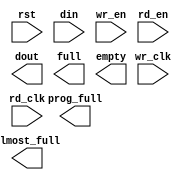
module fifo_xlnx_512x36_2clk_18to36(
	rst,
	wr_clk,
	rd_clk,
	din,
	wr_en,
	rd_en,
	dout,
	full,
	almost_full,
	empty,
	prog_full);


input rst;
input wr_clk;
input rd_clk;
input [17 : 0] din;
input wr_en;
input rd_en;
output [35 : 0] dout;
output full;
output almost_full;
output empty;
output prog_full;

// synthesis translate_off

      FIFO_GENERATOR_V6_1 #(
		.C_COMMON_CLOCK(0),
		.C_COUNT_TYPE(0),
		.C_DATA_COUNT_WIDTH(10),
		.C_DEFAULT_VALUE("BlankString"),
		.C_DIN_WIDTH(18),
		.C_DOUT_RST_VAL("0"),
		.C_DOUT_WIDTH(36),
		.C_ENABLE_RLOCS(0),
		.C_ENABLE_RST_SYNC(1),
		.C_ERROR_INJECTION_TYPE(0),
		.C_FAMILY("spartan3"),
		.C_FULL_FLAGS_RST_VAL(0),
		.C_HAS_ALMOST_EMPTY(0),
		.C_HAS_ALMOST_FULL(1),
		.C_HAS_BACKUP(0),
		.C_HAS_DATA_COUNT(0),
		.C_HAS_INT_CLK(0),
		.C_HAS_MEMINIT_FILE(0),
		.C_HAS_OVERFLOW(0),
		.C_HAS_RD_DATA_COUNT(0),
		.C_HAS_RD_RST(0),
		.C_HAS_RST(1),
		.C_HAS_SRST(0),
		.C_HAS_UNDERFLOW(0),
		.C_HAS_VALID(0),
		.C_HAS_WR_ACK(0),
		.C_HAS_WR_DATA_COUNT(0),
		.C_HAS_WR_RST(0),
		.C_IMPLEMENTATION_TYPE(2),
		.C_INIT_WR_PNTR_VAL(0),
		.C_MEMORY_TYPE(1),
		.C_MIF_FILE_NAME("BlankString"),
		.C_MSGON_VAL(1),
		.C_OPTIMIZATION_MODE(0),
		.C_OVERFLOW_LOW(0),
		.C_PRELOAD_LATENCY(0),
		.C_PRELOAD_REGS(1),
		.C_PRIM_FIFO_TYPE("1kx18"),
		.C_PROG_EMPTY_THRESH_ASSERT_VAL(4),
		.C_PROG_EMPTY_THRESH_NEGATE_VAL(5),
		.C_PROG_EMPTY_TYPE(0),
		.C_PROG_FULL_THRESH_ASSERT_VAL(1015),
		.C_PROG_FULL_THRESH_NEGATE_VAL(1014),
		.C_PROG_FULL_TYPE(1),
		.C_RD_DATA_COUNT_WIDTH(9),
		.C_RD_DEPTH(512),
		.C_RD_FREQ(1),
		.C_RD_PNTR_WIDTH(9),
		.C_UNDERFLOW_LOW(0),
		.C_USE_DOUT_RST(1),
		.C_USE_ECC(0),
		.C_USE_EMBEDDED_REG(0),
		.C_USE_FIFO16_FLAGS(0),
		.C_USE_FWFT_DATA_COUNT(0),
		.C_VALID_LOW(0),
		.C_WR_ACK_LOW(0),
		.C_WR_DATA_COUNT_WIDTH(10),
		.C_WR_DEPTH(1024),
		.C_WR_FREQ(1),
		.C_WR_PNTR_WIDTH(10),
		.C_WR_RESPONSE_LATENCY(1))
	inst (
		.RST(rst),
		.WR_CLK(wr_clk),
		.RD_CLK(rd_clk),
		.DIN(din),
		.WR_EN(wr_en),
		.RD_EN(rd_en),
		.DOUT(dout),
		.FULL(full),
		.ALMOST_FULL(almost_full),
		.EMPTY(empty),
		.PROG_FULL(prog_full),
		.BACKUP(),
		.BACKUP_MARKER(),
		.CLK(),
		.SRST(),
		.WR_RST(),
		.RD_RST(),
		.PROG_EMPTY_THRESH(),
		.PROG_EMPTY_THRESH_ASSERT(),
		.PROG_EMPTY_THRESH_NEGATE(),
		.PROG_FULL_THRESH(),
		.PROG_FULL_THRESH_ASSERT(),
		.PROG_FULL_THRESH_NEGATE(),
		.INT_CLK(),
		.INJECTDBITERR(),
		.INJECTSBITERR(),
		.WR_ACK(),
		.OVERFLOW(),
		.ALMOST_EMPTY(),
		.VALID(),
		.UNDERFLOW(),
		.DATA_COUNT(),
		.RD_DATA_COUNT(),
		.WR_DATA_COUNT(),
		.PROG_EMPTY(),
		.SBITERR(),
		.DBITERR());


// synthesis translate_on

endmodule